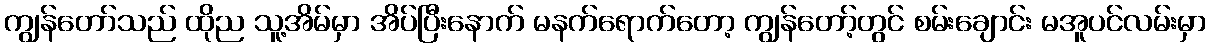
ကျွန်တော်သည် ထိုည သူ့အိမ်မှာ အိပ်ပြီးနောက် မနက်ရောက်တော့ ကျွန်တော့်တွင် စမ်းချောင်း မအူပင်လမ်းမှာ